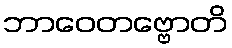
ဘာဝေတဗ္ဗောတိ